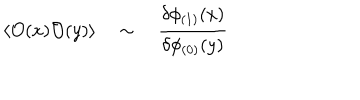
\langle { \cal O } ( x ) { \cal O } ( y ) \rangle \quad \sim \quad { \frac { \delta \phi _ { ( 1 ) } ( x ) } { \delta \phi _ { ( 0 ) } ( y ) } }